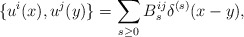
\begin{align*}\{u^i(x), u^j(y) \} = \sum_{s\geq0} B_s^{ij} \delta^{(s)}(x-y),\end{align*}